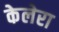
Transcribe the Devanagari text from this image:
केलेरा